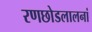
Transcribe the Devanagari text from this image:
रणछोडलालनां